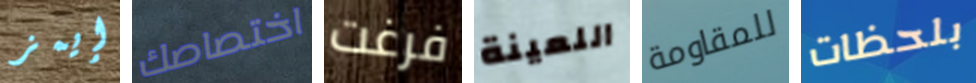
إيمز اختصاصك فرغت اللعينة للمقاومة بلحظات